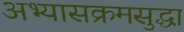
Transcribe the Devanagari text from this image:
अभ्यासक्रमसुद्धा